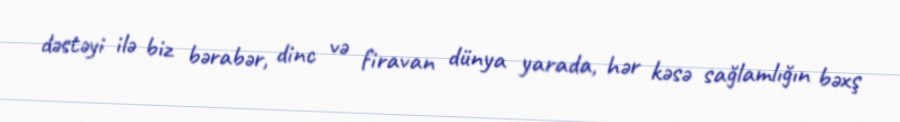
dəstəyi ilə biz bərabər, dinc və firavan dünya yarada, hər kəsə sağlamlığın bəxş